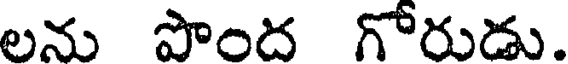
లను పొంద గోరుడు.